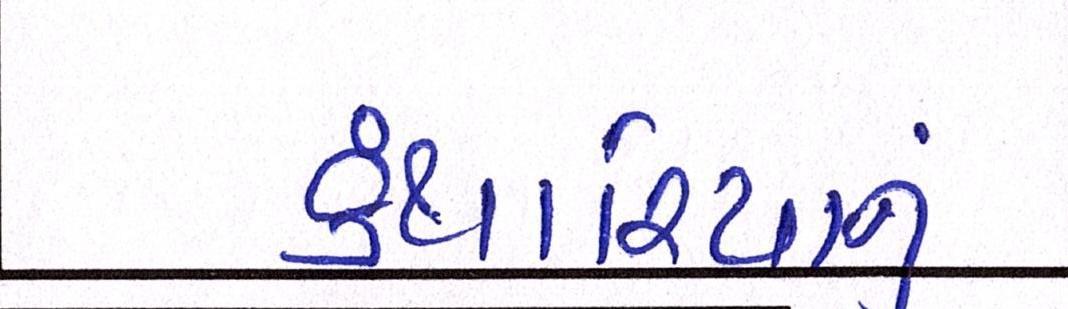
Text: કંથારિયાનું